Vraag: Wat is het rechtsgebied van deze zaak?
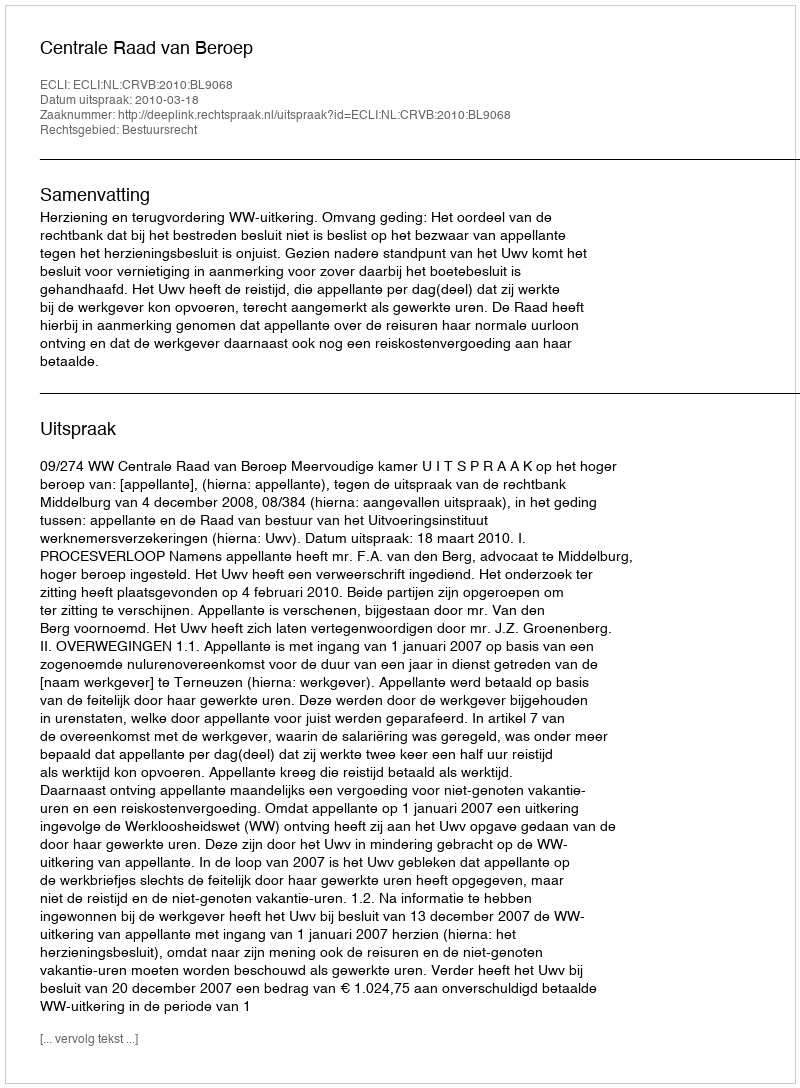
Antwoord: Bestuursrecht